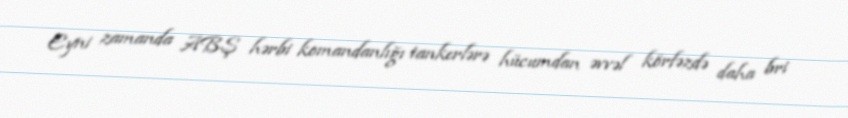
Eyni zamanda ABŞ hərbi komandanlığı tankerlərə hücumdan əvvəl körfəzdə daha bri